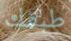
طبقك